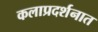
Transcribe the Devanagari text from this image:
कलाप्रदर्शनात